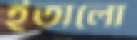
ইতালো